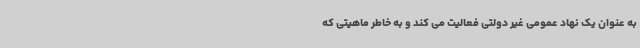
به عنوان یک نهاد عمومی غیر دولتی فعالیت می کند و به خاطر ماهیتی که